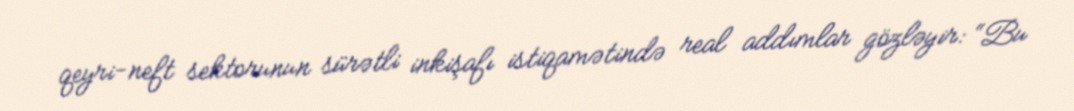
qeyri-neft sektorunun sürətli inkişafı istiqamətində real addımlar gözləyir: “Bu